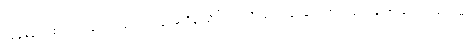
ကျန်နေတဲ့ စင့်ကွင်းတွေလည်း သေချာမထိန်းသိမ်းရင် သိပ်မကြာခင်မှာပဲ အားလုံးကုန်သွားမယ့် သဘောမှာ